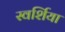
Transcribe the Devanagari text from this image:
स्वर्शिया